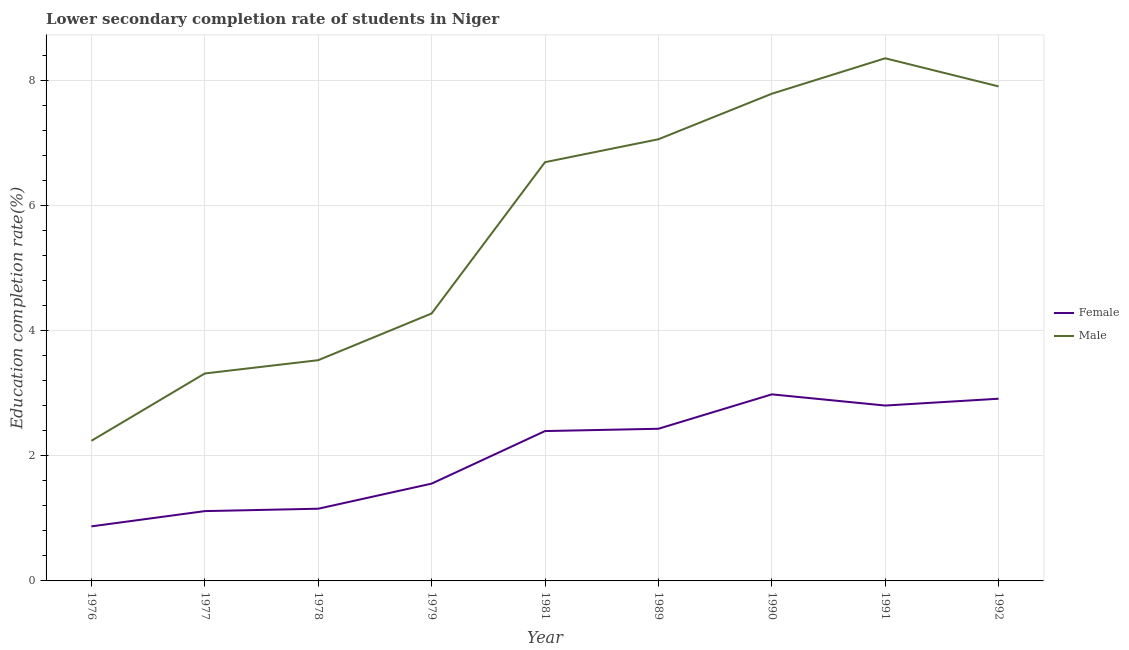
| Year | Female | Male |
 | --- | --- | --- |
 | 1976 | 0.873 | 2.24 |
 | 1977 | 1.12 | 3.32 |
 | 1978 | 1.15 | 3.53 |
 | 1979 | 1.56 | 4.28 |
 | 1981 | 2.4 | 6.7 |
 | 1989 | 2.43 | 7.06 |
 | 1990 | 2.98 | 7.79 |
 | 1991 | 2.8 | 8.36 |
 | 1992 | 2.91 | 7.91 |